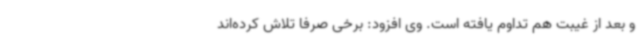
و بعد از غیبت هم تداوم یافته است. وی افزود: برخی صرفاً تلاش کرده‌اند